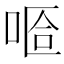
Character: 𠵏